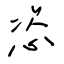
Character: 恣